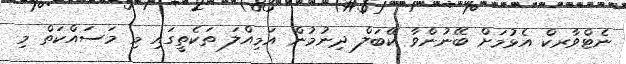
ނެޓްވާރކް އެޅުމަށް ބޭނުންވާ ކޭބަލް ދިނުމުން އަމިއްލަ ތަކެތީގައި މި މަސައްކަތް މި